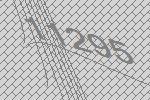
11295